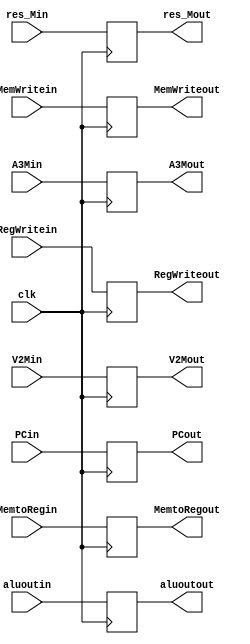
`timescale 1ns / 1ps
//Pipeline register
module regM(clk,res_Min,A3Min,V2Min,MemtoRegin,MemWritein,aluoutin,RegWritein,
                res_Mout,A3Mout,V2Mout,MemtoRegout,MemWriteout,aluoutout,RegWriteout,PCin,PCout);

input clk;
input[1:0] res_Min;
input[4:0] A3Min;
input[31:0] V2Min,aluoutin,PCin;
input MemtoRegin,MemWritein,RegWritein;

output[1:0] res_Mout;
output[4:0] A3Mout;
output[31:0] V2Mout,aluoutout,PCout;
output MemtoRegout,MemWriteout,RegWriteout;

reg[1:0] res_Mout=0;
reg[4:0] A3Mout=0;
reg[31:0] V2Mout=0,aluoutout=0,PCout=0;
reg MemtoRegout=0,MemWriteout=0,RegWriteout=0;

always @ (posedge clk)
begin
   res_Mout<=res_Min;
	A3Mout<=A3Min;
	V2Mout<=V2Min;
	aluoutout<=aluoutin;
	MemtoRegout<=MemtoRegin;
	MemWriteout<=MemWritein;
	RegWriteout<=RegWritein;
	PCout<=PCin;
end

endmodule